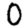
Digit: 0